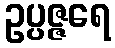
ဥပ္ပဇ္ဇရေ